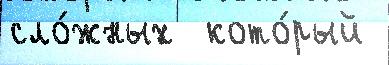
сло́жных  кото́рый